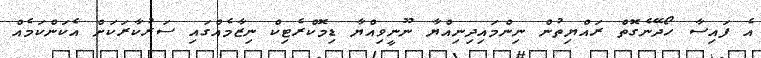
އެ ފައިސާ ހޯދޭނެގޮތް ރައްޔިތުން ނިންމައިދިނިއްޔާ ނޫނީވިއްޔާ ޑިމޮކްރެޓިކް ނިޒާމެއްގައި ސަރުކާރަކަށް އެކަންކަމެއް